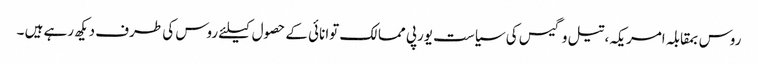
روس بمقابلہ امریکہ، تیل و گیس کی سیاست یورپی ممالک توانائی کے حصول کیلئے روس کی طرف دیکھ رہے ہیں ۔